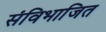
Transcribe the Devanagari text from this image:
संविभाजित